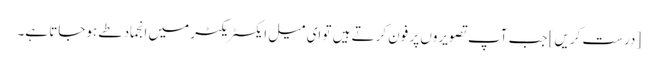
[درست کریں] جب آپ تصویروں پر فون کرتے ہیں تو ای میل ایکسٹریکٹر میں انجماد طے ہوجاتا ہے۔